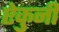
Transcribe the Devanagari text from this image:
ऐकुनी